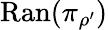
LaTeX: \mathrm{Ran}(\pi_{\rho^{\prime}})